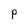
Character: P